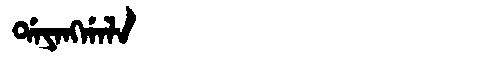
Manchu: ᡩᠠᠶᠠᠩᡤᠠᠯᠠ
Romanization: DAYANGGALA